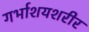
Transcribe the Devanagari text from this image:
गर्भाशयशरीर